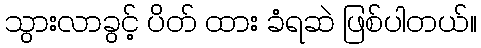
သွားလာခွင့် ပိတ် ထား ခံရဆဲ ဖြစ်ပါတယ်။